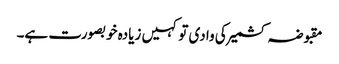
مقبوضہ کشمیر کی وادی تو کہیں زیادہ خوبصورت ہے۔